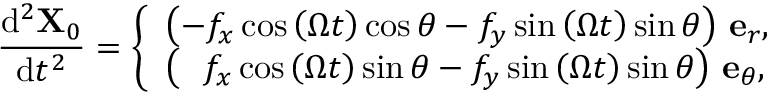
\frac { \mathrm { d } ^ { 2 } \mathbf { X } _ { 0 } } { \mathrm { d } t ^ { 2 } } = \left\{ \begin{array} { l l } { \left( - f _ { x } \cos { \left( \Omega t \right) } \cos \theta - f _ { y } \sin { \left( \Omega t \right) } \sin \theta \right) \, \mathbf { e } _ { r } , } \\ { \left( \, \, \, \, f _ { x } \cos { \left( \Omega t \right) } \sin \theta - f _ { y } \sin { \left( \Omega t \right) } \sin \theta \right) \, \mathbf { e } _ { \theta } , } \end{array} \right.